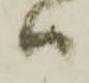
ハ